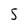
Character: 5